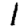
Digit: 1